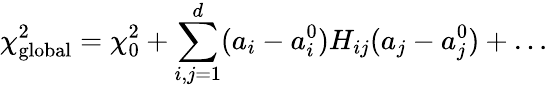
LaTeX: \chi_{\mathrm{global}}^{2}=\chi_{0}^{2}+\sum_{i,j=1}^{d}(a_{i}-a_{i}^{0})H_{ij}(a_{j}-a_{j}^{0})+\ldots